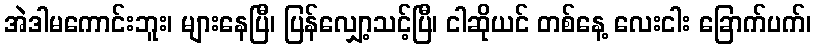
အဲဒါမကောင်းဘူး၊ များနေပြီ၊ ပြန်လျှော့သင့်ပြီ၊ ငါဆိုယင် တစ်နေ့ လေးငါး ခြောက်ပက်၊